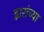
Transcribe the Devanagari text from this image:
द्वारांच्या